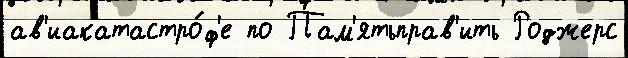
ав'иакатастро́ф'е по Пам'ятьправ'ить Роджерс